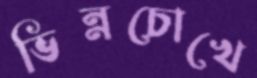
ভিন্নচোখে